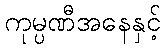
ကုမ္ပဏီအနေနှင့်